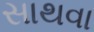
સાથવા